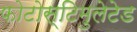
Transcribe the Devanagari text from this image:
फोटोस्टिमुलेटेड